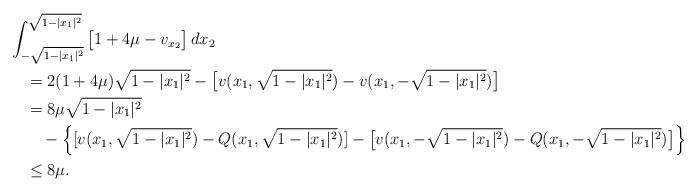
LaTeX: \begin{align*}&\int_{-\sqrt{1-|x_1|^2}}^{\sqrt{1-|x_1|^2}}\big[1+4\mu -v_{x_2}\big]\,dx_2\\&\quad= 2(1+4\mu)\sqrt{1-|x_1|^2}-\big[v(x_1,\sqrt{1-|x_1|^2})-v(x_1,-\sqrt{1-|x_1|^2})\big]\\&\quad=8\mu \sqrt{1-|x_1|^2}\\&\quad\quad- \Big\{[v (x_1,\sqrt{1-|x_1|^2})-Q(x_1,\sqrt{1-|x_1|^2})]-\big[v(x_1,-\sqrt{1-|x_1|^2})- Q(x_1,-\sqrt{1-|x_1|^2})\big] \Big\}\\&\quad\le 8\mu.\end{align*}